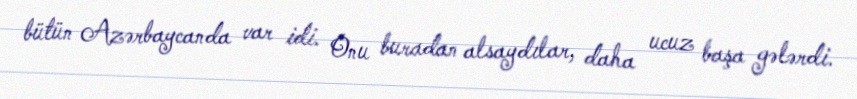
bütün Azərbaycanda var idi. Onu buradan alsaydılar, daha ucuz başa gələrdi.